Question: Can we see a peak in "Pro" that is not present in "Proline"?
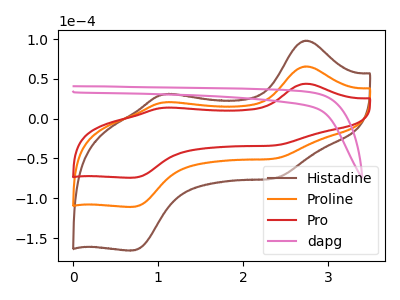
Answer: <think>The brown curve "Histadine" has anodic peaks at (2.75V, 131.10uA) (1.05V, 40.90uA) and cathodic peaks at (2.35V, -100.05uA) (0.70V, -221.55uA). The orange curve "Proline" has anodic peaks at (2.75V, 65.55uA) (1.05V, 20.45uA) and cathodic peaks at (2.35V, -50.00uA) (0.70V, -110.75uA). The red curve "Pro" has anodic peaks at (2.75V, 43.90uA) (1.05V, 13.70uA) and cathodic peaks at (2.35V, -33.50uA) (0.70V, -74.15uA). The pink curve "dapg" has no peaks.
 All the peaks in "Pro" have a peak in "Proline" at the same potential. Every peak in "Pro" is lower than every peak in "Proline".</think>
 <answer>No, "Pro" and "Proline" don't appear to be significantly different in shape</answer>
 <eval>no_change</eval>